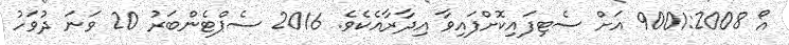
އޯ 9001:2008 އަށް ސެޓިފައިކޮށްފައިވާ އިދާރާއެކެވެ. 2016 ސެޕްޓެންބަރު 20 ވަނަ ދުވަހު